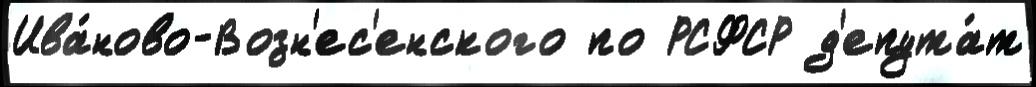
Ива́ново-Возн'ес'енского по РСФСР д'епута́т